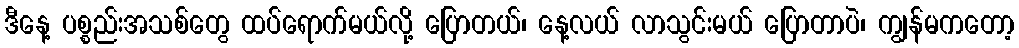
ဒီနေ့ ပစ္စည်းအသစ်တွေ ထပ်ရောက်မယ်လို့ ပြောတယ်၊ နေ့လယ် လာသွင်းမယ် ပြောတာပဲ၊ ကျွန်မကတော့